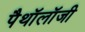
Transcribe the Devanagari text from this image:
पैथॉलॉजी